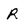
Character: R